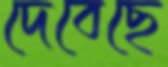
দেবেছে